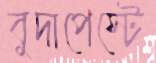
বুদাপেস্টে